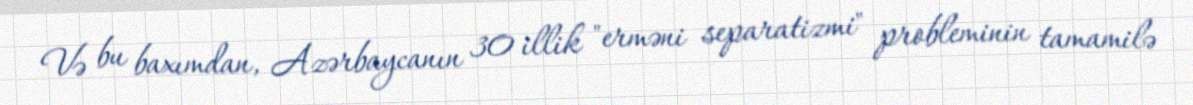
Və bu baxımdan, Azərbaycanın 30 illik "erməni separatizmi" probleminin tamamilə